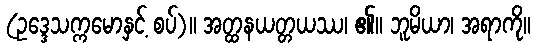
(ဥဒ္ဒေသက္ကမောနှင့် စပ်)။ အတ္ထနယတ္တယဿ၊ ၏။ ဘူမိယာ၊ အရာကို။